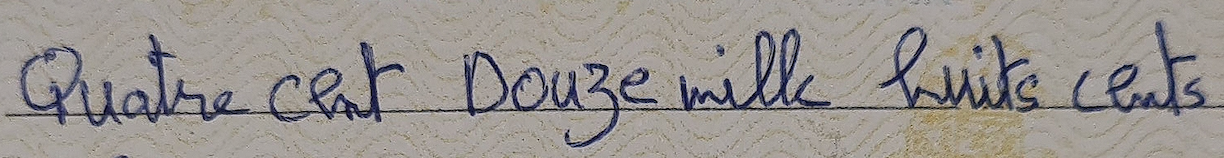
Quatre cent Douze mille huits cents